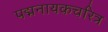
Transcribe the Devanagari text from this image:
पद्मनायकचरित्र